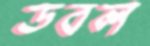
ডবল